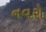
નવરો